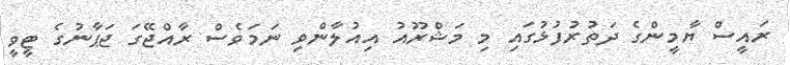
ރައީސް ޔާމީންގެ ދަތުރުފުޅުގައި މި މަޝްރޫއު އިއުލާންވި ނަމަވެސް ރާއްޖޭގަ ޖަޕާނުގެ ޓީވީ